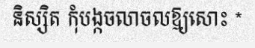
និស្សិត កុំបង្កចលាចលឱ្យសោះ *